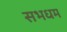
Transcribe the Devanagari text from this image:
सभधम